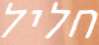
חליל